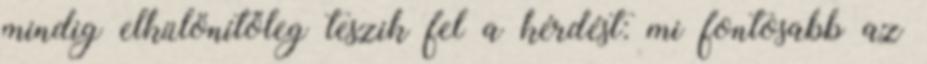
mindig elkülönítőleg teszik fel a kérdést: mi fontosabb az